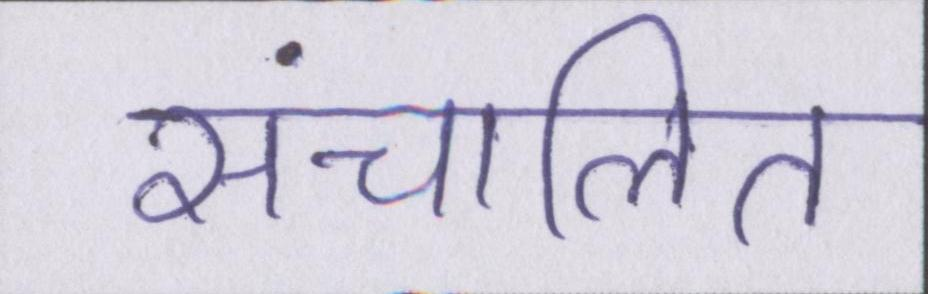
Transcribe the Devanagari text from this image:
संचालित